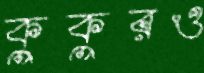
কুকুরও